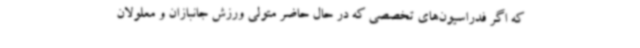
که اگر فدراسیون‌های تخصصی که در حال حاضر متولی ورزش جانبازان و معلولان